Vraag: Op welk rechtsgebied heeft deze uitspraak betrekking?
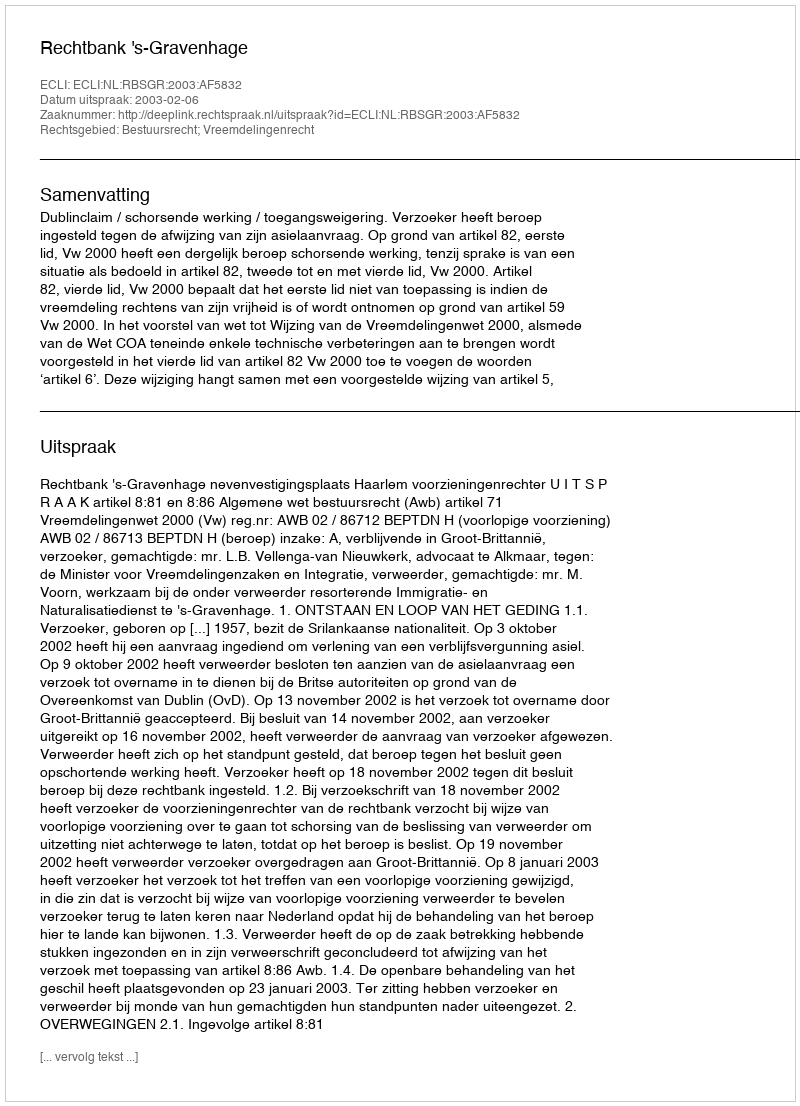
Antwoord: Bestuursrecht; Vreemdelingenrecht